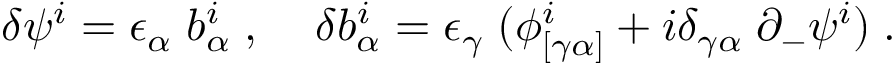
\delta \psi ^ { i } = \epsilon _ { \alpha } \; b _ { \alpha } ^ { i } \; , \; \; \; \; \delta b _ { \alpha } ^ { i } = \epsilon _ { \gamma } \; ( \phi _ { [ \gamma \alpha ] } ^ { i } + i \delta _ { \gamma \alpha } \; \partial _ { - } \psi ^ { i } ) \; .